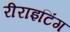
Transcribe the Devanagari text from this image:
रीराइटिंग